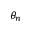
\theta _ { n }